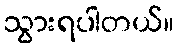
သွားရပါတယ်။